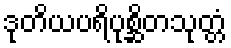
ဒုတိယပရိပုစ္ဆိတသုတ္တံ